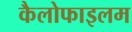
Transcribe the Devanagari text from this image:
कैलोफाइलम